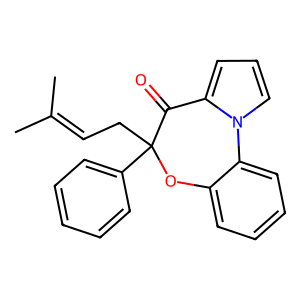
SMILES: CC(C)=CCC1(c2ccccc2)Oc2ccccc2-n2cccc2C1=O
Inhibits HIV replication: No